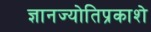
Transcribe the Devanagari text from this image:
ज्ञानज्योतिप्रकाशे